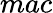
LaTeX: mac